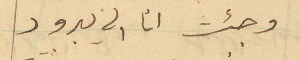
وجئت انا الى يبرود